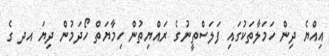
އިއްޔެ ދިން ހަމަލާތަކުގައި ފަލަސްތީނުގެ ރައްޔިތުން ހިމާޔަތް ހޯދަމުން ދިޔަ އދ ގެ